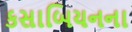
કસાબિયનના